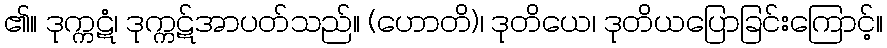
၏။ ဒုက္ကဋံ၊ ဒုက္ကဋ်အာပတ်သည်။ (ဟောတိ)၊ ဒုတိယေ၊ ဒုတိယပြောခြင်းကြောင့်။